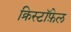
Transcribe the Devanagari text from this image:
क्रिस्टॉफ़ेल